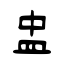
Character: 盅